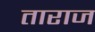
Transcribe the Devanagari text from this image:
ताराज